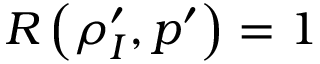
R \left( \rho _ { I } ^ { \prime } , p ^ { \prime } \right) = 1